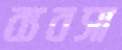
ব্যবসা